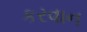
કરવાન